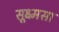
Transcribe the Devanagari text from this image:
सूक्ष्मसा